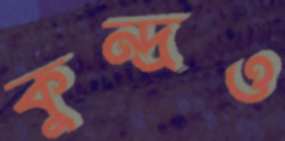
কুন্দ্রও